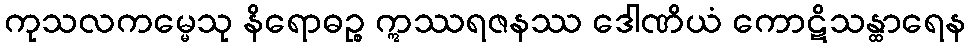
ကုသလကမ္မေသု နိရောဓဉ္စ ဣဿရဇနဿ ဒေါဏိယံ ကောဋိသန္ထာရေန